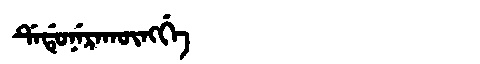
Manchu: ᡩᡝᡩᡠᠨᡝᡵᠠᡴᡡᠩᡤᡝ
Romanization: DEDUNERAKŪNGGE